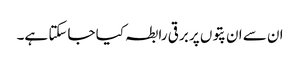
ان سے ان پتوں پر برقی رابطہ کیا جاسکتا ہے۔